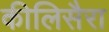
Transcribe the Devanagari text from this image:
कीलिसैरा